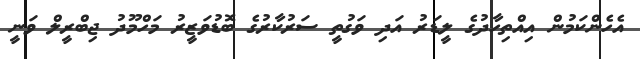
އެހެންކަމުން އިއްތިހާދުގެ ލީޑަރު އަދި ވަގުތީ ސަރުކާރުގެ ބޮޑުވަޒީރު މަހްމޫދު ޖިބްރީލް ވަނީ